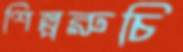
শিল্পরুচি